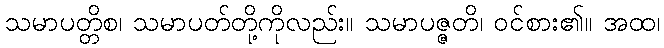
သမာပတ္တိစ၊ သမာပတ်တို့ကိုလည်း။ သမာပဇ္ဇတိ၊ ဝင်စား၏။ အထ၊